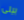
بيلى